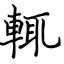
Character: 輒